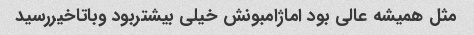
مثل همیشه عالی بود اماژامبونش خیلی بیشتربود وباتاخیررسید